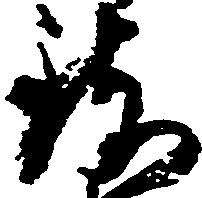
致